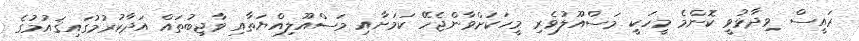
ރައީސް ވިދާޅުވީ ކޮންމެ މީހަކީ މަސްއޫލުވެރި މީހަކަށްވާންޖެހޭ ކަމަށާއި މަސްއޫލިއްޔަތާއި ވާޖިބުތައް އަދާކުރުމުގައިޤައުމުގެ